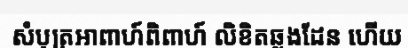
សំបុត្រអាពាហ៍ពិពាហ៍ លិខិតឆ្លងដែន ហើយ